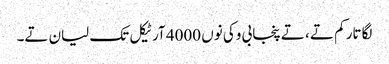
لگاتار کم تے ، تے پنجابی وکی نوں 4000 آرٹیکل تک لیان تے۔